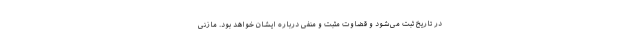
در تاریخ ثبت می‌شود و قضاوت مثبت و منفی درباره ایشان خواهد بود. مازنی